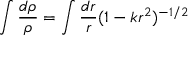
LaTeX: \int \frac { d \rho } { \rho } = \int \frac { d r } { r } ( 1 - k r ^ { 2 } ) ^ { - 1 / 2 }